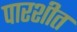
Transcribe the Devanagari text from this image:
पारशीत